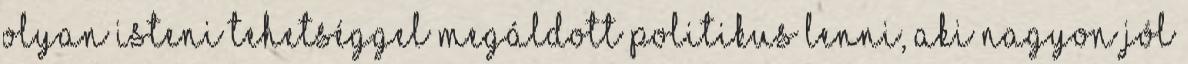
olyan isteni tehetséggel megáldott politikus lenni, aki nagyon jól